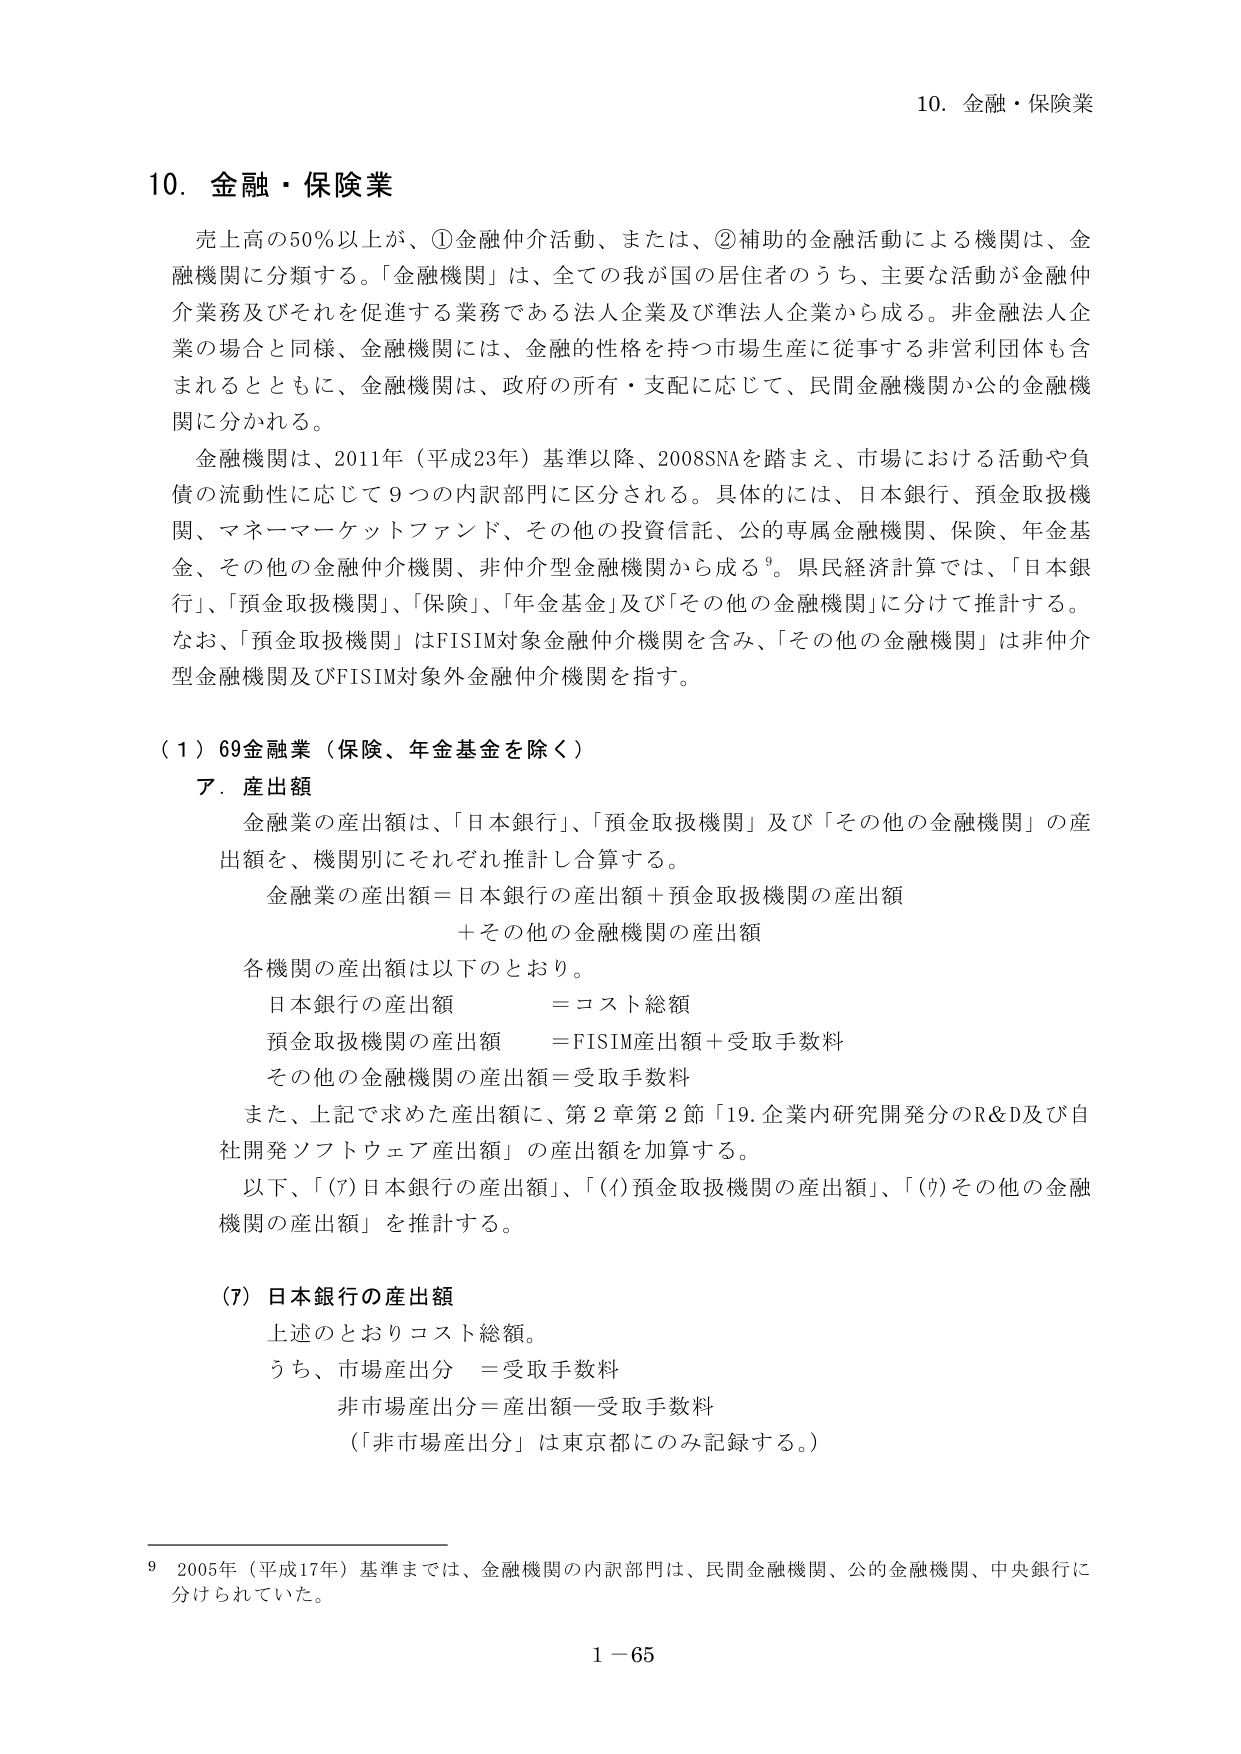
10. 金融・保険業

売上高の50％以上が、①金融仲介活動、または、②補助的金融活動による機関は、金融機関に分類する。「金融機関」は、全ての我が国の居住者のうち、主要な活動が金融仲介業務及びそれを促進する業務である法人企業及び準法人企業から成る。非金融法人企業の場合と同様、金融機関には、金融的性格を持つ市場生産に従事する非営利団体も含まれるとともに、金融機関は、政府の所有・支配に応じて、民間金融機関か公的金融機関に分かれる。

金融機関は、2011年（平成23年）基準以降、2008SNAを踏まえ、市場における活動や負債の流動性に応じて9つの内訳部門に区分される。具体的には、日本銀行、預金取扱機関、マネーマーケットファンド、その他の投資信託、公的専属金融機関、保険、年金基金、その他の金融仲介機関、非仲介型金融機関から成る⁹。県民経済計算では、「日本銀行」、「預金取扱機関」、「保険」、「年金基金」及び「その他の金融機関」に分けて推計する。なお、「預金取扱機関」はFISIM対象金融仲介機関を含み、「その他の金融機関」は非仲介型金融機関及びFISIM対象外金融仲介機関を指す。

（1）69金融業（保険、年金基金を除く）
ア．産出額

金融業の産出額は、「日本銀行」、「預金取扱機関」及び「その他の金融機関」の産出額を、機関別にそれぞれ推計し合算する。

金融業の産出額＝日本銀行の産出額＋預金取扱機関の産出額
＋その他の金融機関の産出額

各機関の産出額は以下のとおり。

日本銀行の産出額　＝コスト総額
預金取扱機関の産出額　＝FISIM産出額＋受取手数料
その他の金融機関の産出額＝受取手数料

また、上記で求めた産出額に、第2章第2節「19.企業内研究開発分のR&D及び自社開発ソフトウェア産出額」の産出額を加算する。

以下、「(ｱ)日本銀行の産出額」、「(ｲ)預金取扱機関の産出額」、「(ｳ)その他の金融機関の産出額」を推計する。

（ｱ）日本銀行の産出額

上述のとおりコスト総額。

うち、市場産出分　＝受取手数料
非市場産出分＝産出額－受取手数料
（「非市場産出分」は東京都にのみ記録する。）

⁹ 2005年（平成17年）基準までは、金融機関の内訳部門は、民間金融機関、公的金融機関、中央銀行に分けられていた。

1－65